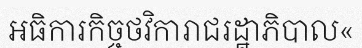
អធិការកិច្ចថវិការាជរដ្ឋាភិបាល«